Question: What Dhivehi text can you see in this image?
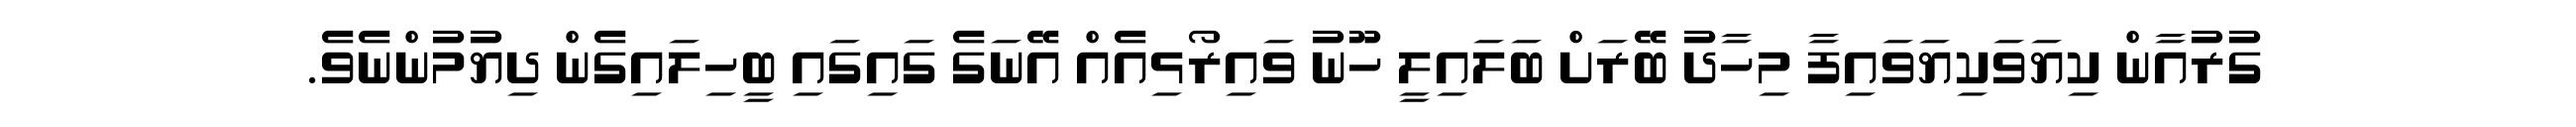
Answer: ގުރުއާން ކިޔަވަކިޔަވައިފާ މިހާދު ބޭރަށް ބަލައިލީ ހޫނު ވައިރޯޅިއެއް އޭނަގެ ގައިގައި ބީހިލައިގެން ދިޔުމުންނެވެ.